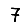
Digit: 7